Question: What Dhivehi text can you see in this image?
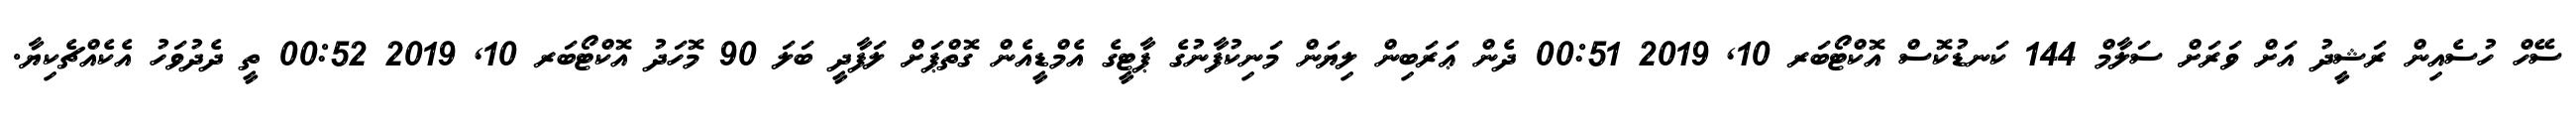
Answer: ސޭހް ހުސެއިން ރަޝީދު އަށް ވަރަށް ސަލާމް 144 ކަނޑުކޮސް އޮކްޓޯބަރ 10, 2019 00:51 ދެން ޢަރަބިން ލިޔަން މަނިކުފާނުގެ ޕާޓީގެ އެމްޑީއެން ގޮތްޕަށް ލަފާދީ ބަލަ 90 މޮހަދު އޮކްޓޯބަރ 10, 2019 00:52 ތީ ދެދުވަހު އެކެއްޗެކިޔާ.